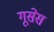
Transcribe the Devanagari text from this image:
गूसेस